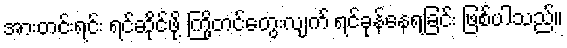
အားတင်းရင်း ရင်ဆိုင်ဖို့ ကြိုတင်တွေးလျက် ရင်ခုန်နေရခြင်း ဖြစ်ပါသည်။